Annual report on the health of the army in India
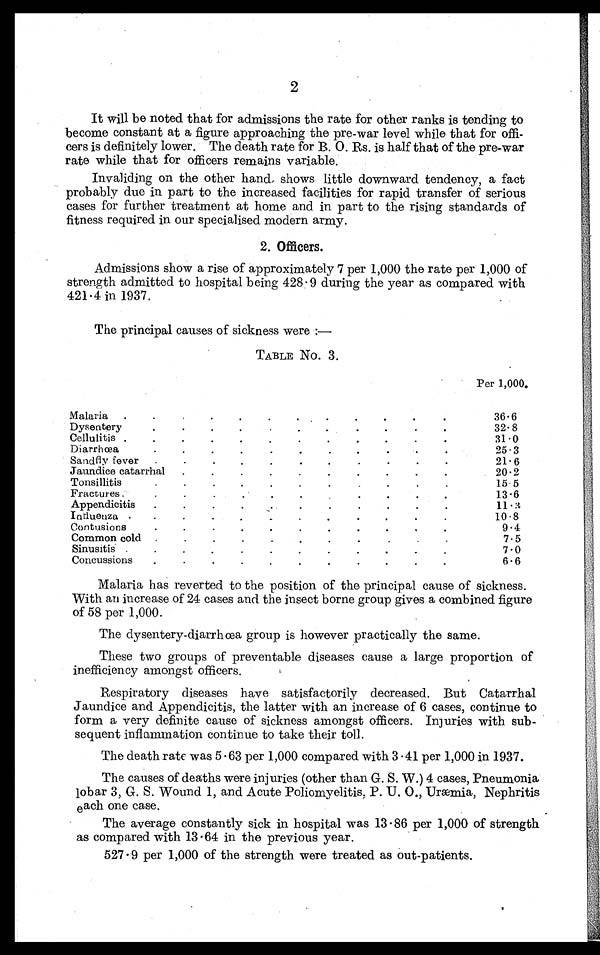
2
It will be noted that for admissions the rate for other ranks is tending to
become constant at a figure approaching the pre-war level while that for offi
-
cers is definitely lower. The death rate for B. 0. Rs. is half that of the pre-war
rate while that for officers remains variable.
Invaliding on the other hand shows little downward tendency, a fact
probably due in part to the increased facilities for rapid transfer of serious
cases for further treatment at home and in part to the rising standards of
fitness required in our specialised modern army.
2. Officers.
Admissions show a rise of approximately 7 per 1,000 the rate per 1,000 of
strength admitted to hospital being 428 . 9 during the year as compared with
421 . 4 in 1937.
The principal causes of sickness were :—
TABLE No. 3.
Per 1,000.
Malaria . . .
36.6
Dysentery . . .
32.8
31.0
Diarrhœa
. . .
25.3
Sandfly fever . . .
21.6
Jaundice catarrhal . . .
20.2
Tonsillitis
. . .
15.5
Fractures . . .
13.6
Appendicitis
. . .
11.3
Intluenza . . .
10.8
Contusions
. . .
9.4
Common cold . . .
7.5
Sinusitis . . .
7.0
Concussions
. . .
6.6
Malaria has reverted to the position of the principal cause of sickness.
With an increase of 24 cases and the insect borne group gives a combined figure
of 58 per 1,000.
The dysentery-diarrhœa group is however practically the same.
These two groups of preventable diseases cause a large proportion of
inefficiency amongst officers.
Respiratory diseases have satisfactorily decreased. But Catarrhal
Jaundice and Appendicitis, the latter with an increase of 6 cases, continue to
form a very definite cause of sickness amongst officers. Injuries with sub-
sequent inflammation continue to take their toll.
The death rate was 5 . 63 per 1,000 compared with 3 . 41 per 1,000 in 1937.
The causes of deaths were injuries (other than G. S. W.) 4 cases, Pneumonia
lobar 3, G. S. Wound 1, and Acute Poliomyelitis, P. U. 0., Uræmia, Nephritis
each one case.
The average constantly sick in hospital was 13 . 86 per 1,000 of strength
as compared with 13 . 64 in the previous year.
527 . 9 per 1,000 of the strength were treated as out-patients.